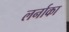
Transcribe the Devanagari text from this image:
लर्नाका